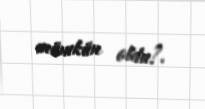
mümkün oldu?.